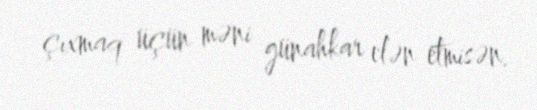
çıxmaq üçün məni günahkar elən etmisən.